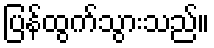
ပြန်ထွက်သွားသည်။